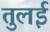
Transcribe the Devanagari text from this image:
तुलई